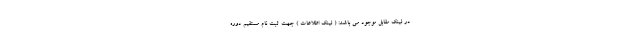
در لینک مقابل موجود می باشد: ( لینک اطلاعات ) جهت ثبت نام مستقیم دوره